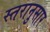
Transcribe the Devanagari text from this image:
स्तरानुसार